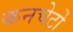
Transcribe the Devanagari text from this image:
कनचेर्टो